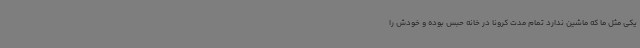
یکی مثل ما که ماشین ندارد تمام مدت کرونا در خانه حبس بوده و خودش را